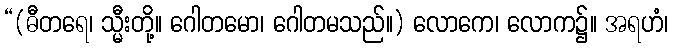
“(ဓီတရေ၊ သ္မီးတို့။ ဂေါတမော၊ ဂေါတမသည်။) လောကေ၊ လောက၌။ အရဟံ၊